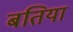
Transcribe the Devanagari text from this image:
बतिया